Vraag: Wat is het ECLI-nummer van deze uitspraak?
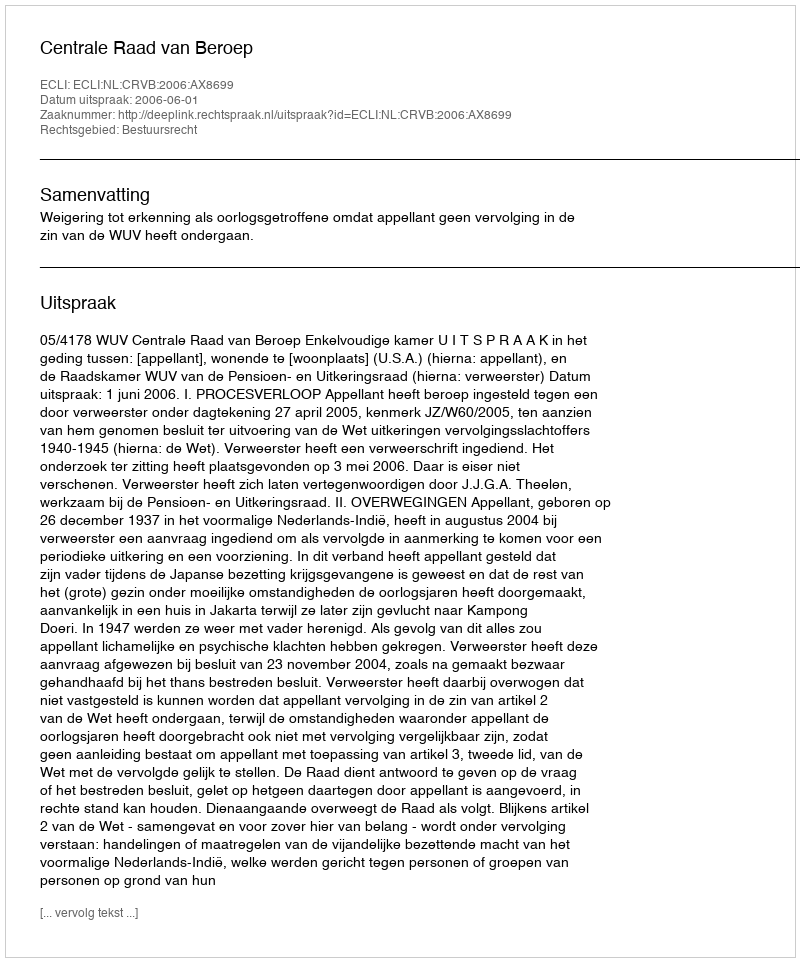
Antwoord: ECLI:NL:CRVB:2006:AX8699